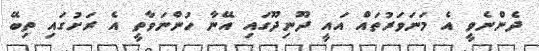
ދެންނެވީ އެ މަނަވަރުތައް އައީ ދޫނިދޫގައި އޭނާ ހުންނަވާތީ އެ ރަށުގައި ތިބޭ